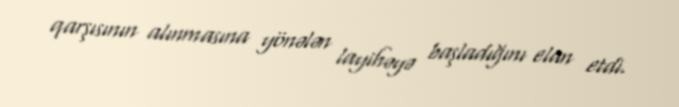
qarşısının alınmasına yönələn layihəyə başladığını elan etdi.